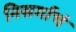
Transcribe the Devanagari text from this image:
निसर्गाचं